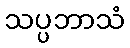
သပ္ပဘာသံ